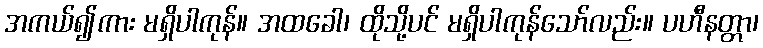
အကယ်၍ကား မရှိပါကုန်။ အထခေါ၊ ထိုသို့ပင် မရှိပါကုန်သော်လည်း။ ပဟီနတ္တာ၊